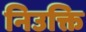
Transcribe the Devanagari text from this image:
निउक्ति